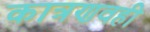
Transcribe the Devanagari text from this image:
कात्रणवही